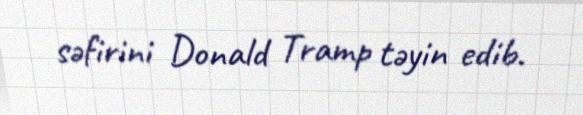
səfirini Donald Tramp təyin edib.